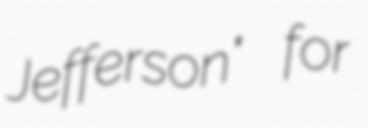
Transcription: Jefferson" for